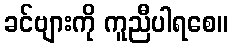
ခင်ဗျားကို ကူညီပါရစေ။